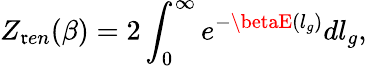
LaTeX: Z_{\mathfrak{r}en}(\beta)=2\int_{0}^{\infty}e^{-\betaE(l_{g})}dl_{g},